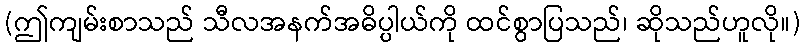
(ဤကျမ်းစာသည် သီလအနက်အဓိပ္ပါယ်ကို ထင်စွာပြသည်၊ ဆိုသည်ဟူလို။)